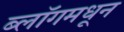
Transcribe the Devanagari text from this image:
ब्लॉगमधून